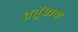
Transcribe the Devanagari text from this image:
ततुंवायः